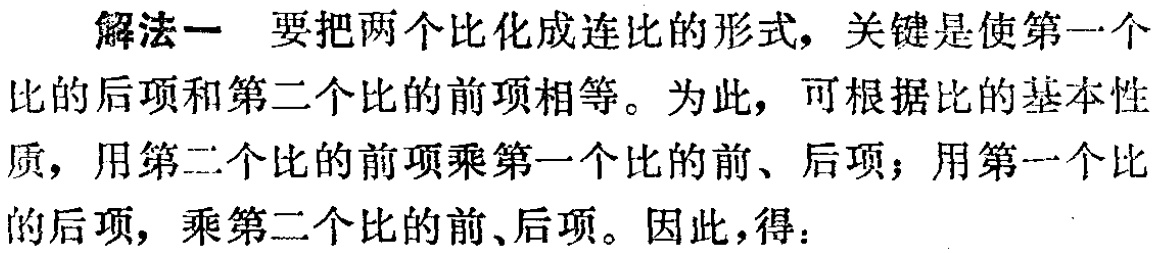
解法一 要把两个比化成连比的形式，关键是使第一个比的后项和第二个比的前项相等。为此，可根据比的基本性质，用第二个比的前项乘第一个比的前、后项；用第一个比的后项，乘第二个比的前、后项。因此，得：